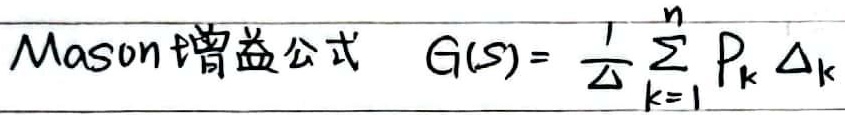
Mason增益公式：\( G(S)=\frac{1}{\Delta}\sum_{k = 1}^{n}P_{k}\Delta_{k} \)